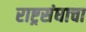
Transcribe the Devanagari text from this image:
राष्ट्रसंघाचा